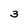
Character: 3